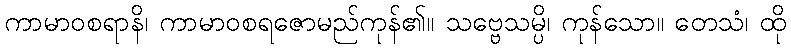
ကာမာဝစရာနိ၊ ကာမာဝစရဇောမည်ကုန်၏။ သဗ္ဗေသမ္ပိ၊ ကုန်သော။ တေသံ၊ ထို